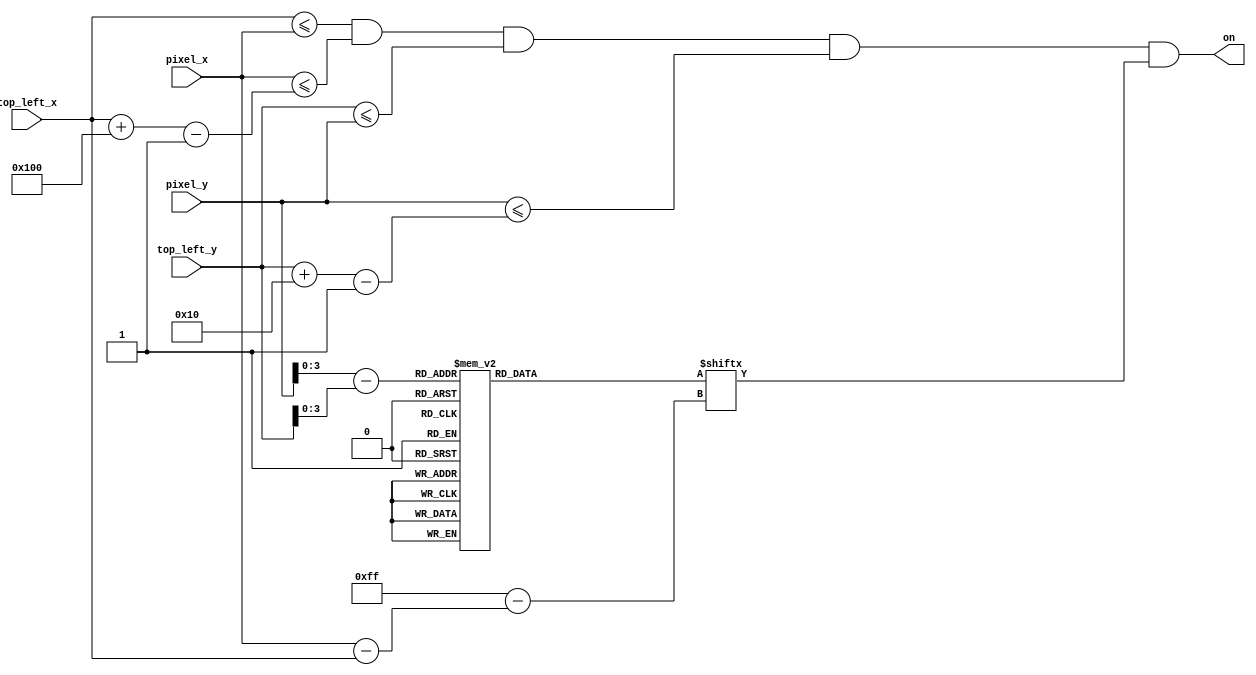
`timescale 1ns / 1ps

module bejeweled_text
    (
    input wire [9:0] pixel_x, pixel_y,
    input wire [9:0] top_left_x, top_left_y,
    output wire on
    );
    
        // load in and declare position and sizing of number
    localparam H_FOOTPRINT = 256;
    localparam V_FOOTPRINT = 16;                                 
    wire [9:0] C_X_L = top_left_x;                   
    wire [9:0] C_Y_T = top_left_y;                  
    wire [9:0] C_X_R = C_X_L + H_FOOTPRINT - 1;
    wire [9:0] C_Y_B = C_Y_T + V_FOOTPRINT - 1;
    
    // declare signals to check
    wire [3:0] rom_addr;
    wire [9:0] rom_col;
    wire rom_bit;
    wire sq_on;
    reg [0:255] rom_data;
    
    // check current position of pixel
    assign rom_addr = pixel_y[3:0] - C_Y_T[3:0];
    assign rom_col = pixel_x[9:0] - C_X_L[9:0];
    assign rom_bit = rom_data[rom_col];
    
    // enable on if within foot print
    assign sq_on =
       (C_X_L<=pixel_x) && (pixel_x<=C_X_R) &&
       (C_Y_T<=pixel_y) && (pixel_y<=C_Y_B);
    
    //enable
    assign on = sq_on & rom_bit;
    
    // determine number to output
    always @*
        case (rom_addr)//               1                2                 3                4                 5               6             7              8                    9                  10             11             12              13                 14                15                16                
        4'h0: rom_data =    256'b0000000000000000_0000000000000000_0000000000000000_0000000000000000_0000000000000000_0000000000000000_0000000000000000_0000000000000000_0000000000000000_0000000000000000_0000000000000000_0000000000000000_0000000000000000_0000000000000000_0000000000000000_0000000000000000;
        4'h1: rom_data =    256'b0011111111000000_0011111111111100_0011111111111100_0011111111111100_0011000000001100_0011111111111100_0011000000000000_0011111111111100_0011111111000000_0011000000000000_0000000000000000_0000000000000000_0000000000000000_0000000000000000_0000000000000000_0000000000000000;
        4'h2: rom_data =    256'b0011111111100000_0011111111111100_0011111111111100_0011111111111100_0011000000001100_0011111111111100_0011000000000000_0011111111111100_0011111111100000_0011000000000000_0000000000000000_0000000000000000_0000000000000000_0000000000000000_0000000000000000_0000000000000000;
        4'h3: rom_data =    256'b0011000000110000_0011000000000000_0000000011000000_0011000000000000_0011000000001100_0011000000000000_0011000000000000_0011000000000000_0011000000110000_0011000000000000_0000000000000000_0000000000000000_0000000000000000_0000000000000000_0000000000000000_0000000000000000;
        4'h4: rom_data =    256'b0011000000011000_0011000000000000_0000000011000000_0011000000000000_0011000000001100_0011000000000000_0011000000000000_0011000000000000_0011000000011100_0011000000000000_0000000000000000_0000000000000000_0000000000000000_0000000000000000_0000000000000000_0000000000000000;
        4'h5: rom_data =    256'b0011000000011000_0011000000000000_0000000011000000_0011000000000000_0011000000001100_0011000000000000_0011000000000000_0011000000000000_0011000000001100_0011000000000000_0000000000000000_0000000000000000_0000000000000000_0000000000000000_0000000000000000_0000000000000000;
        4'h6: rom_data =    256'b0011000000110000_0011111111111100_0000000011000000_0011111111111100_0001100000011000_0011111111111100_0011000000000000_0011111111111100_0011000000001100_0011000000000000_0000000000000000_0000000000000000_0000000000000000_0000000000000000_0000000000000000_0000000000000000;
        4'h7: rom_data =    256'b0011111111100000_0011111111111100_0000000011000000_0011111111111100_0001100000011000_0011111111111100_0011000000000000_0011111111111100_0011000000001100_0011000000000000_0000000000000000_0000000000000000_0000000000000000_0000000000000000_0000000000000000_0000000000000000;
        4'h8: rom_data =    256'b0011111111110000_0011000000000000_0000000011000000_0011000000000000_0001100110011000_0011000000000000_0011000000000000_0011000000000000_0011000000001100_0011000000000000_0000000000000000_0000000000000000_0000000000000000_0000000000000000_0000000000000000_0000000000000000;
        4'h9: rom_data =    256'b0011000000111000_0011000000000000_0000000011000000_0011000000000000_0001101111011000_0011000000000000_0011000000000000_0011000000000000_0011000000001100_0011000000000000_0000000000000000_0000000000000000_0000000000000000_0000000000000000_0000000000000000_0000000000000000;
        4'ha: rom_data =    256'b0011000000011100_0011000000000000_0000000011000000_0011000000000000_0001101001011000_0011000000000000_0011000000000000_0011000000000000_0011000000001100_0011000000000000_0000000000000000_0000000000000000_0000000000000000_0000000000000000_0000000000000000_0000000000000000;
        4'hb: rom_data =    256'b0011000000001100_0011000000000000_0001100011000000_0011000000000000_0000111001110000_0011000000000000_0011000000000000_0011000000000000_0011000000011100_0011000000000000_0000000000000000_0000000000000000_0000000000000000_0000000000000000_0000000000000000_0000000000000000;
        4'hc: rom_data =    256'b0011000000011100_0011000000000000_0000110011000000_0011000000000000_0000110000110000_0011000000000000_0011000000000000_0011000000000000_0011000000110000_0000000000000000_0000000000000000_0000000000000000_0000000000000000_0000000000000000_0000000000000000_0000000000000000;
        4'hd: rom_data =    256'b0011111111111000_0011111111111100_0000011110000000_0011111111111100_0000110000110000_0011111111111100_0011111111111100_0011111111111100_0011111111110000_0011000000000000_0000000000000000_0000000000000000_0000000000000000_0000000000000000_0000000000000000_0000000000000000;
        4'he: rom_data =    256'b0011111111110000_0011111111111100_0000001100000000_0011111111111100_0000100000010000_0011111111111100_0011111111111100_0011111111111100_0011111111100000_0011000000000000_0000000000000000_0000000000000000_0000000000000000_0000000000000000_0000000000000000_0000000000000000;         
        4'hf: rom_data =    256'b0000000000000000_0000000000000000_0000000000000000_0000000000000000_0000000000000000_0000000000000000_0000000000000000_0000000000000000_0000000000000000_0000000000000000_0000000000000000_0000000000000000_0000000000000000_0000000000000000_0000000000000000_0000000000000000;   
        endcase
    
endmodule

module resetting_text
    (
    input wire [9:0] pixel_x, pixel_y,
    input wire [9:0] top_left_x, top_left_y,
    output wire on
    );
    
        // load in and declare position and sizing of number
    localparam H_FOOTPRINT = 256;
    localparam V_FOOTPRINT = 16;                                 
    wire [9:0] C_X_L = top_left_x;                   
    wire [9:0] C_Y_T = top_left_y;                  
    wire [9:0] C_X_R = C_X_L + H_FOOTPRINT - 1;
    wire [9:0] C_Y_B = C_Y_T + V_FOOTPRINT - 1;
    
    // declare signals to check
    wire [3:0] rom_addr;
    wire [9:0] rom_col;
    wire rom_bit;
    wire sq_on;
    reg [0:255] rom_data;
    
    // check current position of pixel
    assign rom_addr = pixel_y[3:0] - C_Y_T[3:0];
    assign rom_col = pixel_x[9:0] - C_X_L[9:0];
    assign rom_bit = rom_data[rom_col];
    
    // enable on if within foot print
    assign sq_on =
       (C_X_L<=pixel_x) && (pixel_x<=C_X_R) &&
       (C_Y_T<=pixel_y) && (pixel_y<=C_Y_B);
    
    //enable
    assign on = sq_on & rom_bit;
    
    // determine number to output
    always @*
        case (rom_addr)//               1                2                 3                4                 5               6             7              8                    9                  10             11             12              13                 14                15                16                
        4'h0: rom_data =    256'b0000000000000000_0000000000000000_0000000000000000_0000000000000000_0000000000000000_0000000000000000_0000000000000000_0000000000000000_0000000000000000_0000000000000000_0000000000000000_0000000000000000_0000000000000000_0000000000000000_0000000000000000_0000000000000000;
        4'h1: rom_data =    256'b0011111111110000_0011111111111100_0000011111111100_0011111111111100_0011111111111100_0011111111111100_0011111111111100_0011000000001100_0000011111111100_0000000000000000_0000000000000000_0000000000000000_0000000000000000_0000000000000000_0000000000000000_0000000000000000;
        4'h2: rom_data =    256'b0011111111111000_0011111111111100_0000111111111100_0011111111111100_0011111111111100_0011111111111100_0011111111111100_0011100000001100_0000111111111100_0000000000000000_0000000000000000_0000000000000000_0000000000000000_0000000000000000_0000000000000000_0000000000000000;
        4'h3: rom_data =    256'b0011000000001100_0011000000000000_0011110000000000_0011000000000000_0000000110000000_0000000110000000_0000000110000000_0011110000001100_0001100000000000_0000000000000000_0000000000000000_0000000000000000_0000000000000000_0000000000000000_0000000000000000_0000000000000000;
        4'h4: rom_data =    256'b0011000000001100_0011000000000000_0011000000000000_0011000000000000_0000000110000000_0000000110000000_0000000110000000_0011011000001100_0011000000000000_0000000000000000_0000000000000000_0000000000000000_0000000000000000_0000000000000000_0000000000000000_0000000000000000;
        4'h5: rom_data =    256'b0011000000001100_0011000000000000_0011000000000000_0011000000000000_0000000110000000_0000000110000000_0000000110000000_0011001100001100_0011000000000000_0000000000000000_0000000000000000_0000000000000000_0000000000000000_0000000000000000_0000000000000000_0000000000000000;
        4'h6: rom_data =    256'b0011000000011000_0011111111111100_0011000000000000_0011111111111100_0000000110000000_0000000110000000_0000000110000000_0011000100001100_0011000000000000_0000000000000000_0000000000000000_0000000000000000_0000000000000000_0000000000000000_0000000000000000_0000000000000000;
        4'h7: rom_data =    256'b0011111111110000_0011111111111100_0011111111100000_0011111111111100_0000000110000000_0000000110000000_0000000110000000_0011000110001100_0011000000000000_0000000000000000_0000000000000000_0000000000000000_0000000000000000_0000000000000000_0000000000000000_0000000000000000;
        4'h8: rom_data =    256'b0011111111100000_0011000000000000_0001111111110000_0011000000000000_0000000110000000_0000000110000000_0000000110000000_0011000110001100_0011000011111100_0000000000000000_0000000000000000_0000000000000000_0000000000000000_0000000000000000_0000000000000000_0000000000000000;
        4'h9: rom_data =    256'b0011001100000000_0011000000000000_0000000000011100_0011000000000000_0000000110000000_0000000110000000_0000000110000000_0011000010001100_0011000011111100_0000000000000000_0000000000000000_0000000000000000_0000000000000000_0000000000000000_0000000000000000_0000000000000000;
        4'ha: rom_data =    256'b0011000110000000_0011000000000000_0000000000001100_0011000000000000_0000000110000000_0000000110000000_0000000110000000_0011000011001100_0011000000001100_0000000000000000_0000000000000000_0000000000000000_0000000000000000_0000000000000000_0000000000000000_0000000000000000;
        4'hb: rom_data =    256'b0011000011000000_0011000000000000_0000000000001100_0011000000000000_0000000110000000_0000000110000000_0000000110000000_0011000001101100_0011000000001100_0000000000000000_0000000000000000_0000000000000000_0000000000000000_0000000000000000_0000000000000000_0000000000000000;
        4'hc: rom_data =    256'b0011000001100000_0011000000000000_0000000000001100_0011000000000000_0000000110000000_0000000110000000_0000000110000000_0011000000111100_0001100000001100_0000000000000000_0000000000000000_0000000000000000_0000000000000000_0000000000000000_0000000000000000_0000000000000000;
        4'hd: rom_data =    256'b0011000000110000_0011111111111100_0000011111111100_0011111111111100_0000000110000000_0000000110000000_0011111111111100_0011000000011100_0000111111111100_0011001100110000_0000000000000000_0000000000000000_0000000000000000_0000000000000000_0000000000000000_0000000000000000;
        4'he: rom_data =    256'b0011000000011000_0011111111111100_0000011111111000_0011111111111100_0000000110000000_0000000110000000_0011111111111100_0011000000001100_0000011111111100_0011001100110000_0000000000000000_0000000000000000_0000000000000000_0000000000000000_0000000000000000_0000000000000000;         
        4'hf: rom_data =    256'b0000000000000000_0000000000000000_0000000000000000_0000000000000000_0000000000000000_0000000000000000_0000000000000000_0000000000000000_0000000000000000_0000000000000000_0000000000000000_0000000000000000_0000000000000000_0000000000000000_0000000000000000_0000000000000000;   
        endcase
    
endmodule